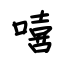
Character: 嘻